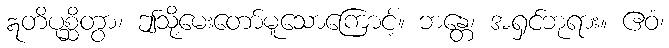
ဣတိပုစ္ဆိတွာ၊ ဤသို့မေးတော်မူသောကြောင့်။ ဘန္တေ၊ အရှင်ဘုရား။ ဧဝံ၊